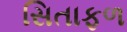
સિતાફળ